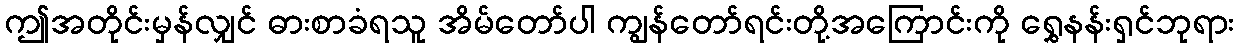
ဤအတိုင်းမှန်လျှင် ဓားစာခံရသူ အိမ်တော်ပါ ကျွန်တော်ရင်းတို့အကြောင်းကို ရွှေနန်းရှင်ဘုရား